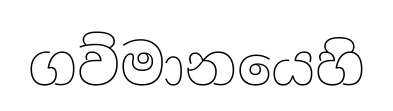
ගව්මානයෙහි